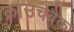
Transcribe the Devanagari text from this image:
क्राउचबैक